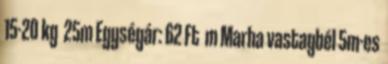
15-20 kg 25m Egységár: 62 Ft m Marha vastagbél 5m-es